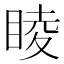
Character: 睖